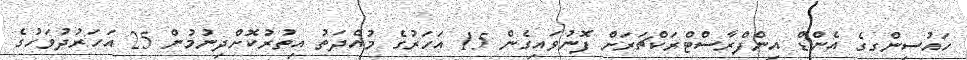
ހައުސިންގގެ އެންޑް އިންފްރާސްޓްރަކްޗަރަށް ފޮނުވައިގެން 15 އަހަރުގެ މުއްދަތު އިތުރުކޮށްދިނުމުން 25 އަހަރުދުވަހުގެ